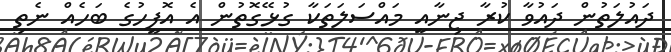
ދައުލަތުން ދައުވާ ކުރާ ޖިނާއީ މައްސަލަތަކާ ގުޅޭގޮތުން އެ އޮފީހުގެ ބަހެއް ނެތި